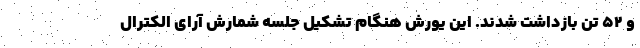
و ۵۲ تن بازداشت شدند. این یورش هنگام تشکیل جلسه شمارش آرای الکترال